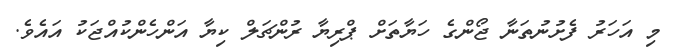
މި އަހަރު ފެށުނުތަނާ ޖޯންގެ ހަޔާތަށް ޕްރިޔާ ރުންޗަލް ކިޔާ އަންހެންކުއްޖަކު އައެވެ.